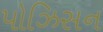
પોઝિસન